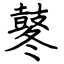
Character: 鼕